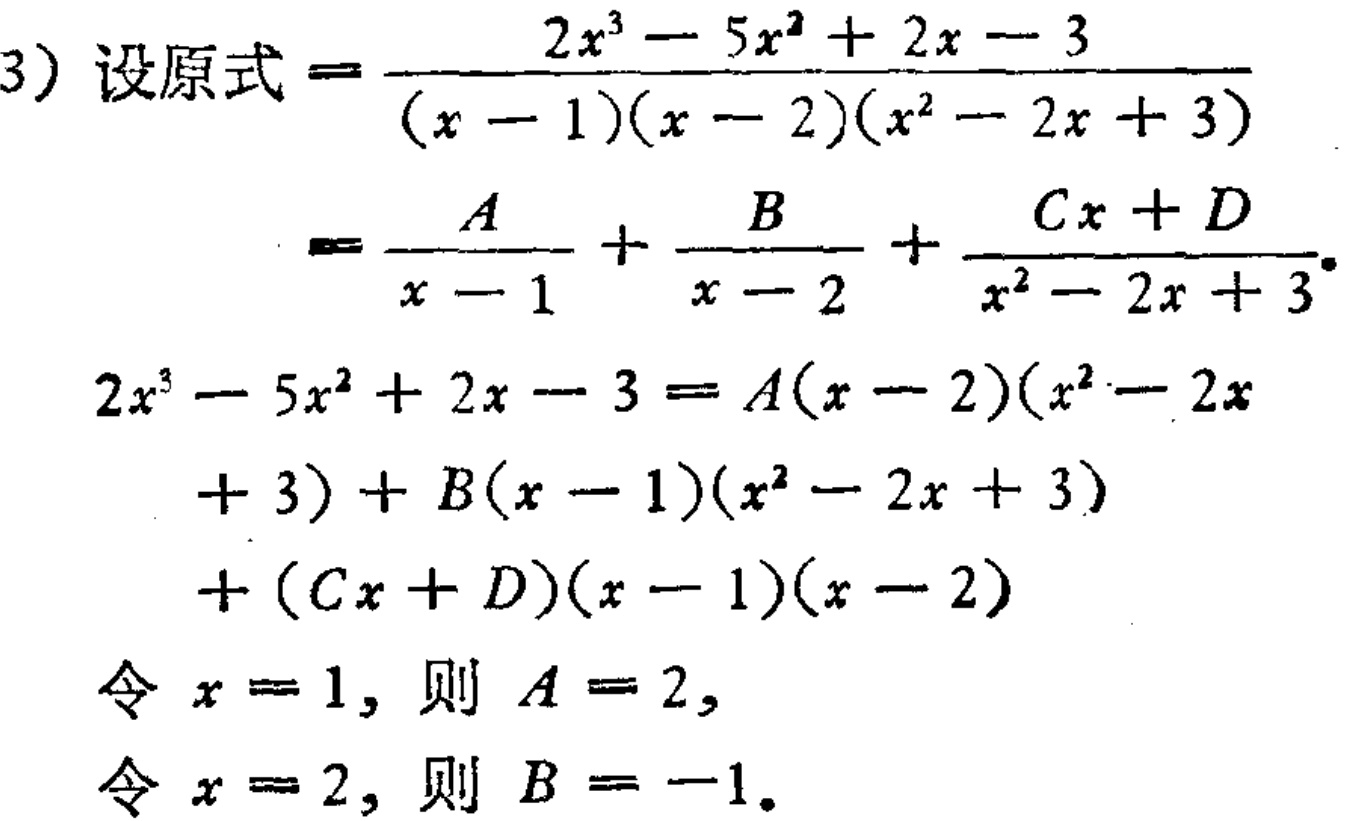
\(

\begin{align*}

&(3)\text{ 设原式}=\frac{2x^{3}-5x^{2}+2x - 3}{(x - 1)(x - 2)(x^{2}-2x + 3)}\\

&=\frac{A}{x - 1}+\frac{B}{x - 2}+\frac{Cx + D}{x^{2}-2x + 3}\\

&2x^{3}-5x^{2}+2x - 3=A(x - 2)(x^{2}-2x + 3)+B(x - 1)(x^{2}-2x + 3)+(Cx + D)(x - 1)(x - 2)\\

&\text{令 }x = 1,\text{ 则 }A = 2,\\

&\text{令 }x = 2,\text{ 则 }B = -1.

\end{align*}

\)